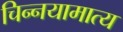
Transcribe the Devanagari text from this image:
चिन्नयामात्य